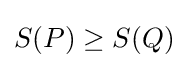
S(P)\geq S(Q)